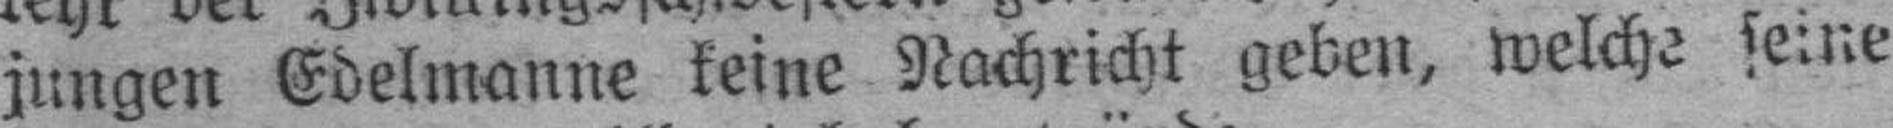
jungen Edelmanne keine Nachricht geben, welche seine